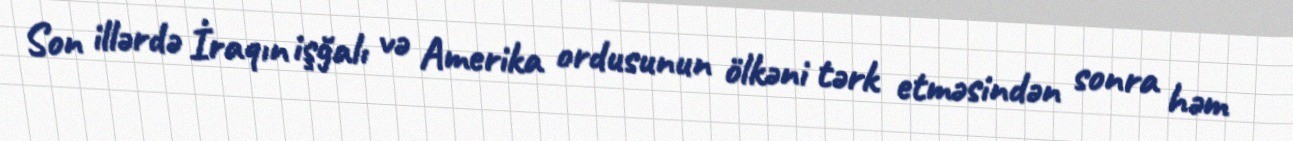
Son illərdə İraqın işğalı və Amerika ordusunun ölkəni tərk etməsindən sonra həm